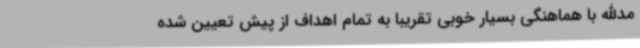
مدالله با هماهنگی بسیار خوبی تقریبا به تمام اهداف از پیش تعیین شده